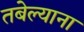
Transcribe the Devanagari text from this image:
तबेल्याना